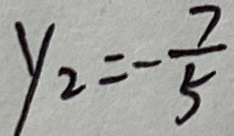
y _ { 2 } = - \frac { 7 } { 5 }